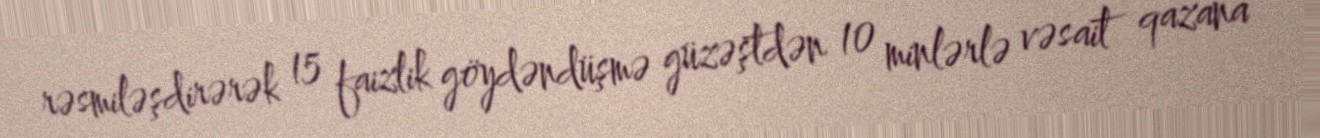
rəsmiləşdirərək 15 faizlik göydəndüşmə güzəştdən 10 minlərlə vəsait qazana